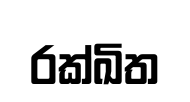
රක්ඛිත